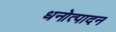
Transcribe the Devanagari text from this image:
धनोत्पादन